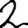
Digit: 2